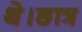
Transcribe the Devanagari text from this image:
थे।छात्र